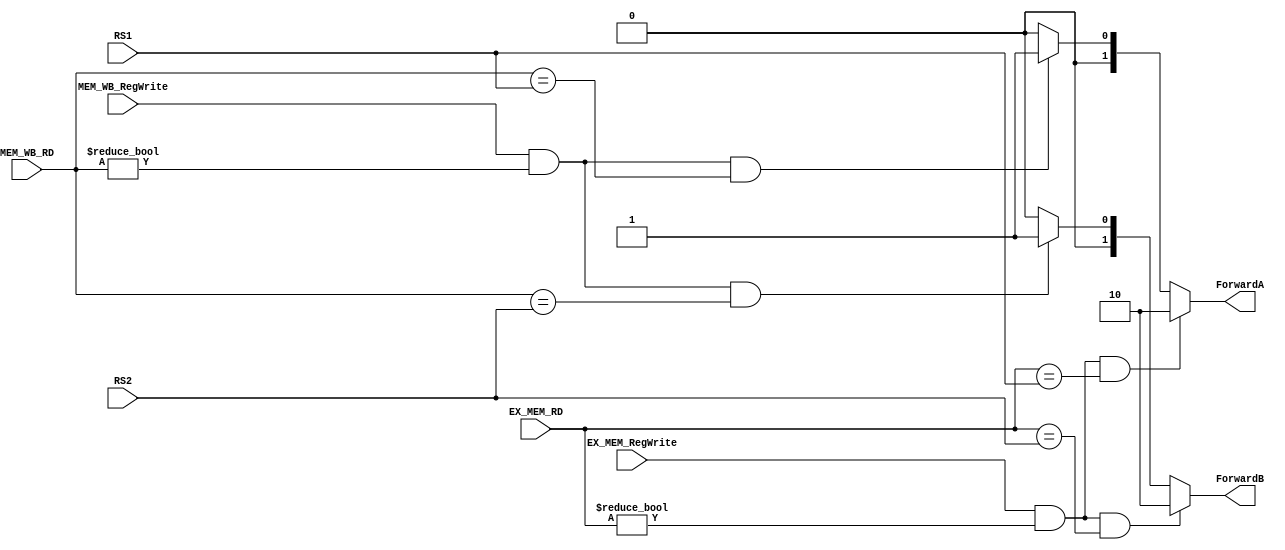
module FORWARDING_UNIT
(
    input           EX_MEM_RegWrite ,
    input           MEM_WB_RegWrite ,
    input   [4:0]   EX_MEM_RD       ,
    input   [4:0]   MEM_WB_RD       ,
    input   [4:0]   RS1             ,
    input   [4:0]   RS2             ,

    output  [1:0]   ForwardA        ,
    output  [1:0]   ForwardB   
);
    
    reg     [1:0]   ForwardA_r;
    reg     [1:0]   ForwardB_r;
    
    //ForwardA
    always @ (*) 
    begin
        
        //EX Hazard
        if (EX_MEM_RegWrite && (EX_MEM_RD != 5'd0) && (EX_MEM_RD == RS1)) begin
            ForwardA_r = 2'b10;
        end 
        //MEM Hazard   
        else if (MEM_WB_RegWrite && (MEM_WB_RD != 5'd0) && (MEM_WB_RD == RS1)) begin
            ForwardA_r = 2'b01;    
        end
        else begin
            ForwardA_r = 2'b00;
        end
    end

    //ForwardB
    always @ (*) 
    begin
        
        //EX Hazard
        if (EX_MEM_RegWrite && (EX_MEM_RD != 5'd0) && (EX_MEM_RD == RS2)) begin
            ForwardB_r = 2'b10;   
        end
        //MEM Hazard   
        else if (MEM_WB_RegWrite && (MEM_WB_RD != 5'd0) && (MEM_WB_RD == RS2)) begin
            ForwardB_r = 2'b01;
        end 
        else begin
            ForwardB_r = 2'b00;
        end
    end

    assign ForwardA = ForwardA_r;
    assign ForwardB = ForwardB_r;

endmodule